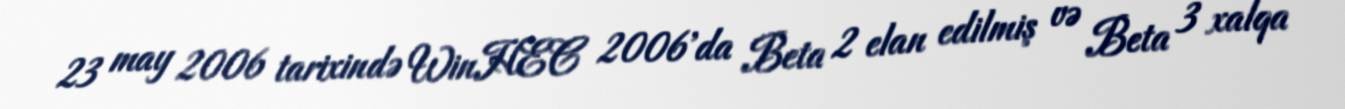
23 may 2006 tarixində WinHEC 2006'da Beta 2 elan edilmiş və Beta 3 xalqa